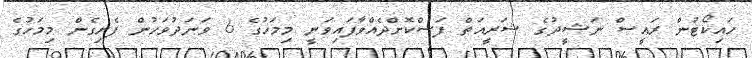
ހައިކޯޓުން ރައީސް ނަޝީދުގެ ޝަރީއަޠް ފަސްކޮށްދެއްވާފައިވަނީ މިމަހުގެ 6 ވަނަދުވަހުން ފެށިގެން މިމަހުގެ